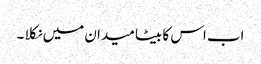
اب اس کا بیٹا میدان میں نکلا ۔